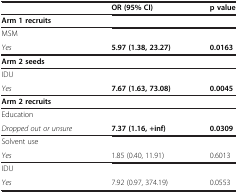
|  | OR (95% CI) | p value |
 | --- | --- | --- |
 | Arm 1 recruits |  |  |
 | MSM |  |  |
 | Yes | 5.97 (1.38, 23.27) | 0.0163 |
 | Arm 2 seeds |  |  |
 | IDU |  |  |
 | Yes | 7.67 (1.63, 73.08) | 0.0045 |
 | Arm 2 recruits |  |  |
 | Education |  |  |
 | Dropped out or unsure | 7.37 (1.16, +inf) | 0.0309 |
 | Solvent use |  |  |
 | Yes | 1.85 (0.40, 11.91) | 0.6013 |
 | IDU |  |  |
 | Yes | 7.92 (0.97, 374.19) | 0.0553 |